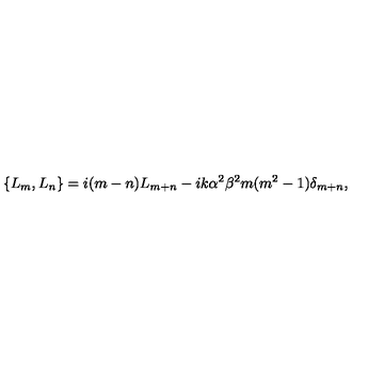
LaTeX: \left\{ L _ { m } , L _ { n } \right\} = i ( m - n ) L _ { m + n } - i k \alpha ^ { 2 } \beta ^ { 2 } m ( m ^ { 2 } - 1 ) \delta _ { m + n } ,